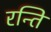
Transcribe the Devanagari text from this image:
रन्ति